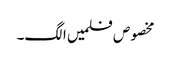
مخصوص فلمیں الگ۔